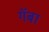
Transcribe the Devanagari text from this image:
गॅबा